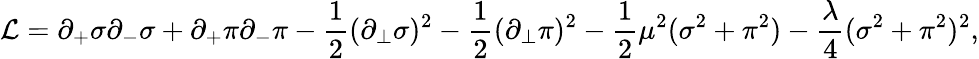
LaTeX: {\cal L}=\partial_{+}\sigma\partial_{-}\sigma+\partial_{+}\pi\partial_{-}\pi-\frac{1}{2}(\partial_{\bot}\sigma)^{2}-\frac{1}{2}(\partial_{\bot}\pi)^{2}-\frac{1}{2}\mu^{2}(\sigma^{2}+\pi^{2})-\frac{\lambda}{4}(\sigma^{2}+\pi^{2})^{2},